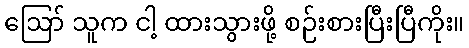
ဪ သူက ငါ့ ထားသွားဖို့ စဉ်းစားပြီးပြီကိုး။